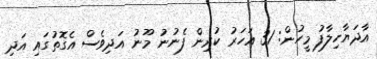
އާދަޔާހިލާފު މީހުން: 31 އަހަރު ކުރިން ފެނުނު މޫނު އަދިވެސް އެގޮތުގައި އަދި